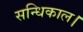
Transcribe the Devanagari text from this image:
सन्धिकाल।